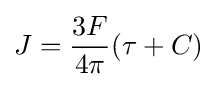
J={\frac {3F}{4\pi }}(\tau +C)